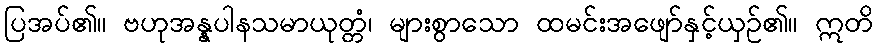
ပြအပ်၏။ ဗဟုအန္နပါနသမာယုတ္တံ၊ များစွာသော ထမင်းအဖျော်နှင့်ယှဉ်၏။ ဣတိ